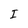
Character: I